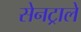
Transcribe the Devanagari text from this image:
सेनट्राले